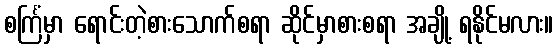
စင်္ကြံမှာ ရောင်းတဲ့စားသောက်စရာ ဆိုင်မှာစားစရာ အချို့ ရနိုင်မလား။